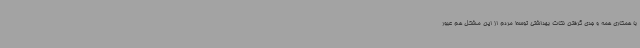
با همکاری همه و جدی گرفتن نکات بهداشتی توسط مردم از این مشکل هم عبور